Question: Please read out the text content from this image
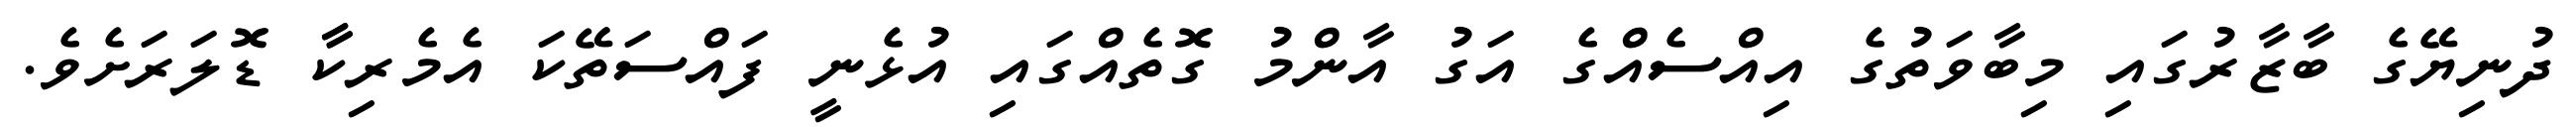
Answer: ދުނިޔޭގެ ބާޒާރުގައި މިބާވަތުގެ އިއްސެއްގެ އަގު އާންމު ގޮތެއްގައި އުޅެނީ ފައްސަތޭކަ އެމެރިކާާ ޑޮލަރަށެވެ.